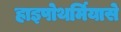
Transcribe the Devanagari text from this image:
हाइपोथर्मियासे